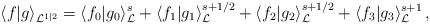
LaTeX: \begin{align*}\langle f|g\rangle_{{\cal L}^{1|2}}=\langle f_0|g_0\rangle_{\cal L}^s+\langle f_1|g_1\rangle_{\cal L}^{s+1/2}+\langle f_2|g_2\rangle_{\cal L}^{s+1/2}+\langle f_3|g_3\rangle_{\cal L}^{s+1}\,,\end{align*}